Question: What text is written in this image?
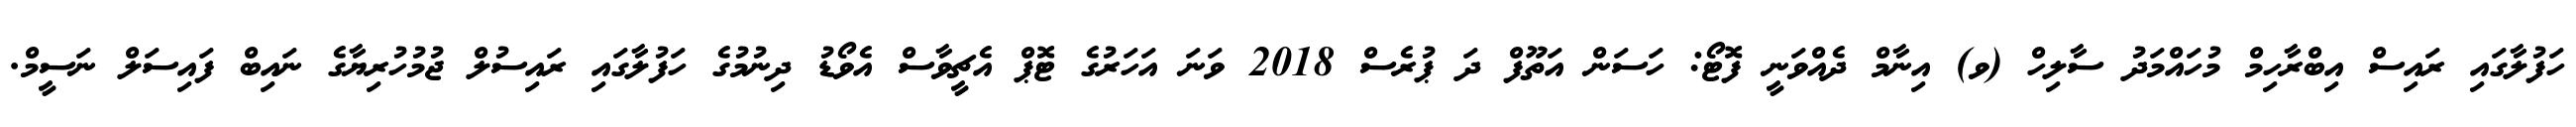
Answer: ހަފުލާގައި ރައިސް އިބްރާހިމް މުހައްމަދު ސާލިހް (ވ) އިނާމް ދެއްވަނީ ފޮޓޯ: ހަސަން އަތޫފް ދަ ޕުރެސް 2018 ވަނަ އަހަރުގެ ޓޮޕް އެޗީވާސް އެވޯޑު ދިނުމުގެ ހަފުލާގައި ރައިސުލް ޖުމުހުރިޔާގެ ނައިބް ފައިސަލް ނަސީމް.